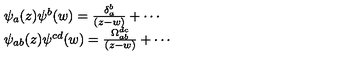
\begin{array} { l } { \psi _ { a } ( z ) \psi ^ { b } ( w ) = \frac { \delta _ { a } ^ { b } } { ( z - w ) } + \cdots } \\ { \psi _ { a b } ( z ) \psi ^ { c d } ( w ) = \frac { \Omega _ { a b } ^ { d c } } { ( z - w ) } + \cdots } \\ \end{array}